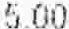
5.00